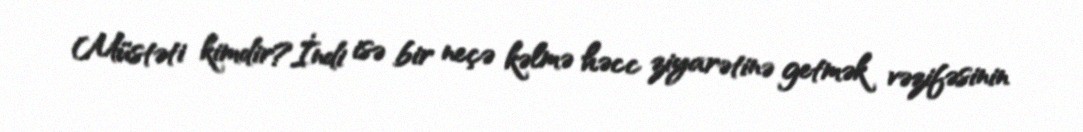
Müstəti kimdir?İndi isə bir neçə kəlmə həcc ziyarətinə getmək vəzifəsinin